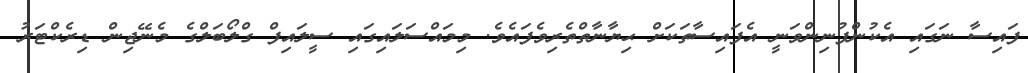
ފައިސާ ނަގައި އެކުންފުނިންވަނީ އެފައިސާތަކަށް ޙިޔާނާތްތެރިވެފައެވެ. މިމައްސަލައިގައި ސީލައިފް ގްލޯބަލްގެ މެނޭޖިން ޑިރެކްޓަރު